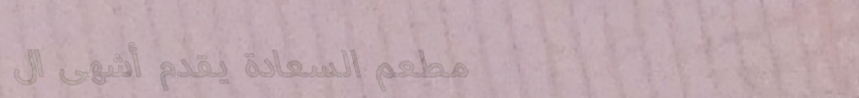
مطعم السعادة يقدم أشهى ال